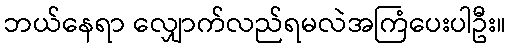
ဘယ်နေရာ လျှောက်လည်ရမလဲအကြံပေးပါဦး။